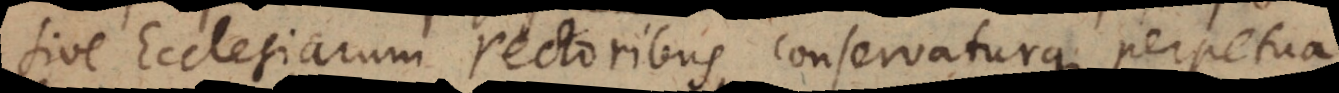
sive Ecclesiarum rectoribus conservaturque perpetua